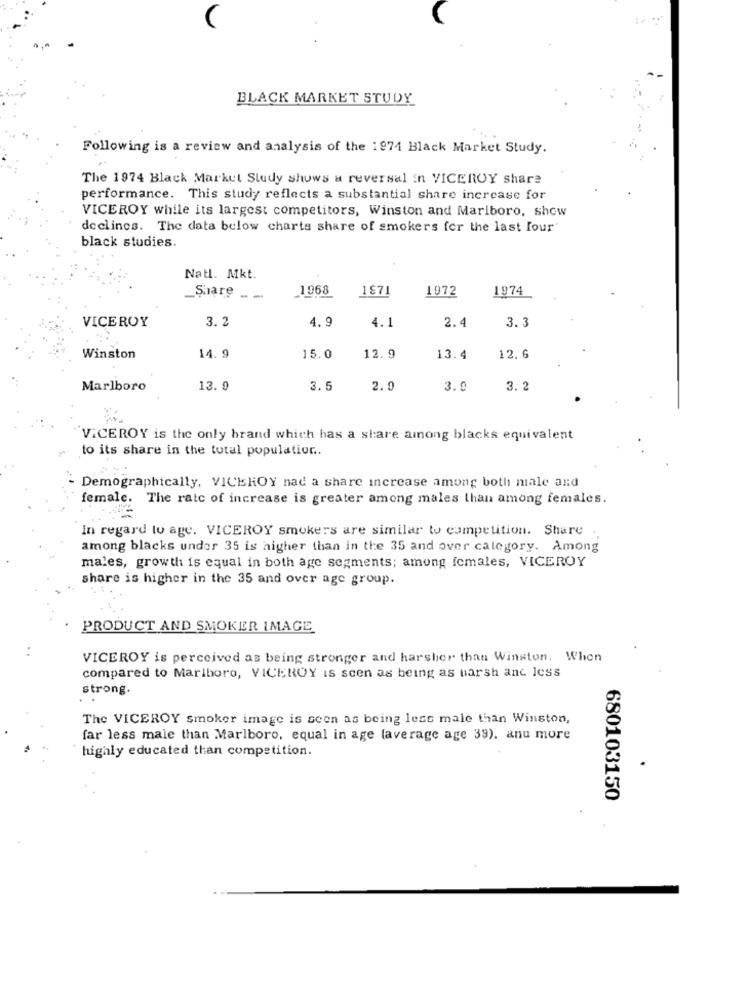
BLACK MARKET STUDY
Following is a review and analysis of the 1971 Black Market Study.
The 1974 Black Market Study shows a reversal in VICEROY share
performance. This study reflects a substantial share increase for
VICEROY while its largest competitors, Winston and Marlboro, show
declines. The data below charts share of smokers for the last four'
black studies.
Natl. Mkt.
1968
1871
1972
1974
Share -
VICEROY
3.2
4.9
4.1
3.3
2.4
Winston
14. 9
15.0
12.9
13.4
12. 6
Marlboro
13. 9
3.5
2.0
3.9
3.2
VICEROY is the only brand which has a share among blacks equivalent
to its share in the total population ..
- Demographically, VICEHOY nad a share increase among both male and
female. The rate of increase is greater among males than among females.
In regard to age. VICEROY smokers are similar to competition. Share .
among blacks undor 35 is higher than in the 35 and over category. Among
males, growth is equal in both age segments; among females, VICEROY
share is higher in the 35 and over age group.
PRODUCT AND SMOKER IMAGE
. .
VICEROY is perceived as being stronger and harsher than Winston. When
compared to Marlboro, VICEROY is scen as being as harsh ant less
strong.
The VICEROY smoker image is seen as being less male than Winston,
far less male than Marlboro, equal in age (average age 39), anu more
highly educated than competition.
680103150